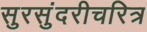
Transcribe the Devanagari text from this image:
सुरसुंदरीचरित्र